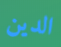
الدين